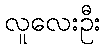
လူလေးဦး